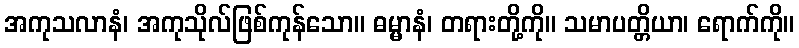
အကုသလာနံ၊ အကုသိုလ်ဖြစ်ကုန်သော။ ဓမ္မာနံ၊ တရားတို့ကို။ သမာပတ္တိယာ၊ ရောက်ကို။